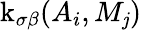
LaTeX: \operatorname{k}_{\sigma\beta}(A_{i},M_{\mathit{j}})